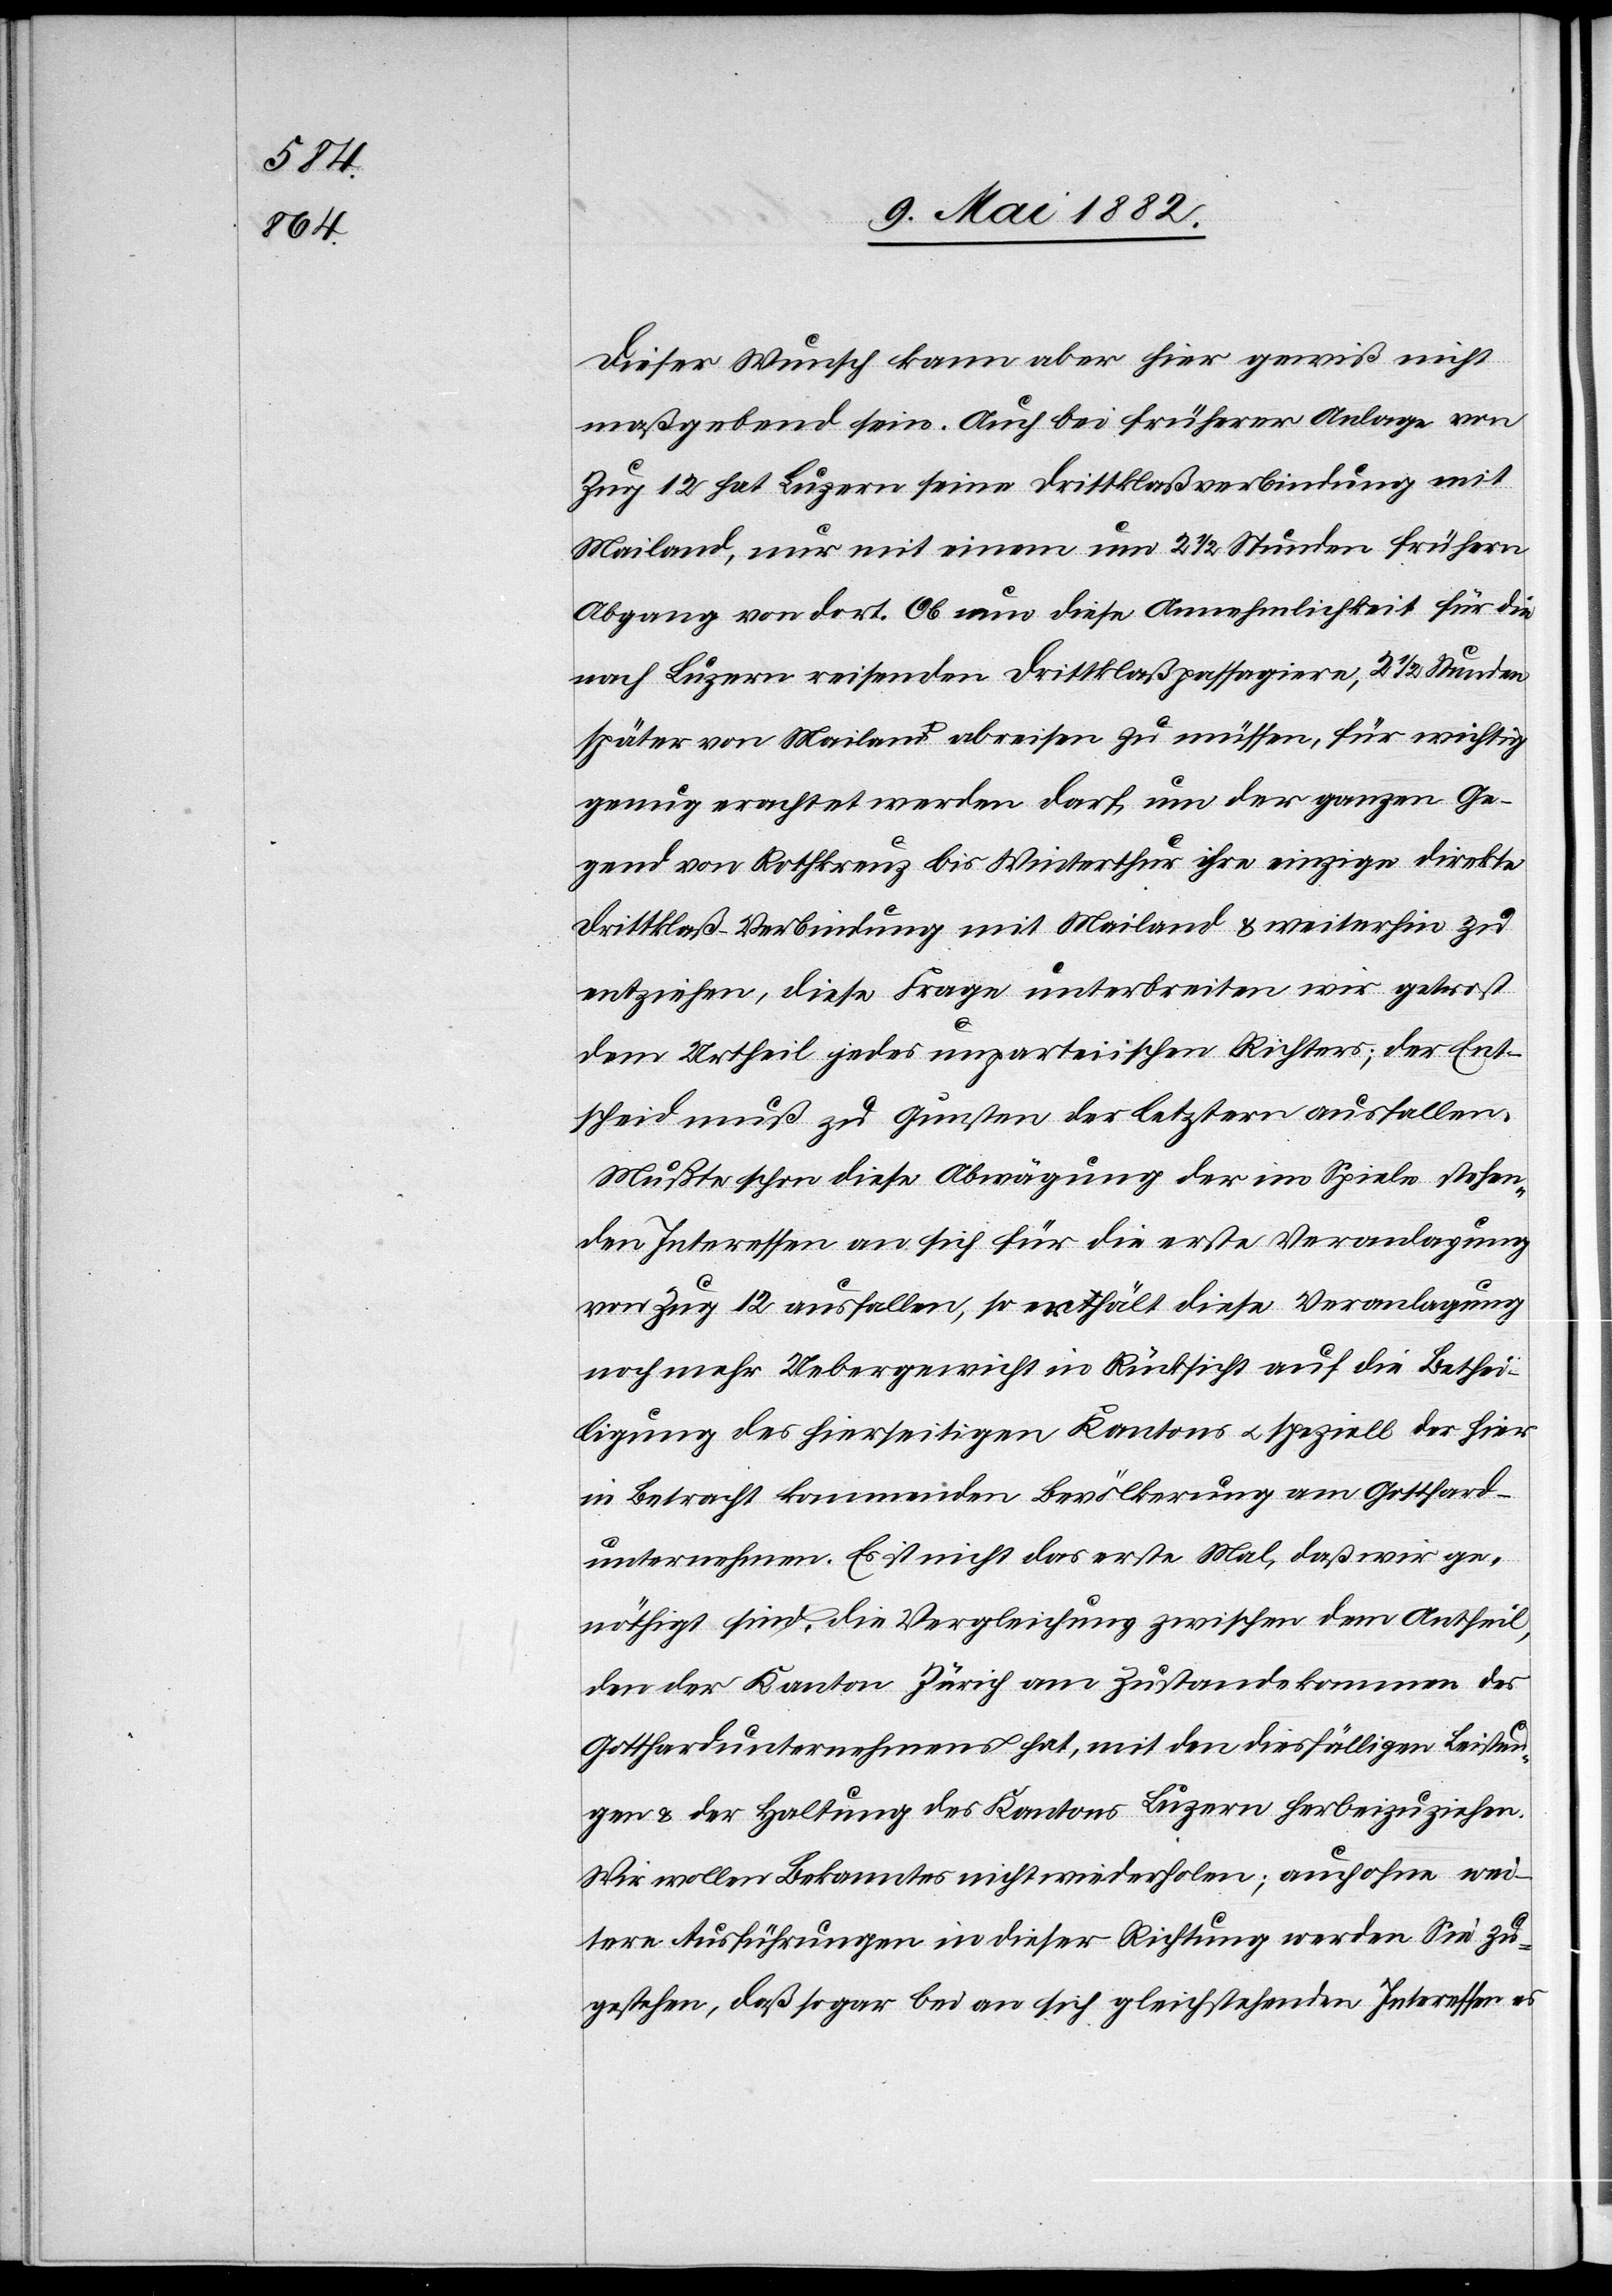
Dieser Wunsch kann aber hier gewiß nicht
maßgebend sein. Auch bei früherer Anlage von
Zug 12 hat Luzern seine Drittklaßverbindung mit
Mailand, nur mit einem um 2 1/2 Stunden frühern
Abgang von dort. Ob nun diese Annehmlichkeit für die
nach Luzern reisenden Drittklaßpassagiere, 2 1/2 Stunden
später von Mailand abreisen zu müssen, für wichtig
genug erachtet werden darf, um der ganzen Ge¬
gend von Rothkreuz bis Winterthur ihre einzige direkte
Drittklaß-Verbindung mit Mailand & weiterhin zu
entziehen, diese Frage unterbreiten wir getrost
dem Urtheil jedes unparteiischen Richters; der Ent¬
scheid muß zu Gunsten der letztern ausfallen.
Mußte schon diese Abwägung der im Spiele stehen¬
den Interessen an sich für die erste Veranlagung
von Zug 12 ausfallen, so erhält diese Veranlagung
noch mehr Uebergewicht in Rücksicht auf die Bethei¬
ligung des hierseitigen Kantons u. speziell der hier
in Betracht kommenden Bevölkerung am Gotthard¬
unternehmen. Es ist nicht das erste Mal, daß wir ge¬
nöthigt sind, die Vergleichung zwischen dem Antheil
den der Kanton Zürich am Zustandekommen des
Gotthardunternehmens hat, mit den diesfälligen Leistun¬
gen & der Haltung des Kantons Luzern herbeizuziehen.
Wir wollen Bekanntes nicht wiederholen; auch ohne wei¬
tere Ausführungen in dieser Richtung werden Sie zu¬
gestehen, daß sogar bei an sich gleichstehenden Interessen es